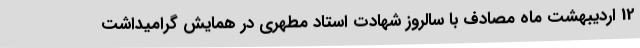
12 اردیبهشت ماه مصادف با سالروز شهادت استاد مطهری در همایش گرامیداشت